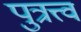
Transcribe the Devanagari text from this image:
पुत्रत्त्वं